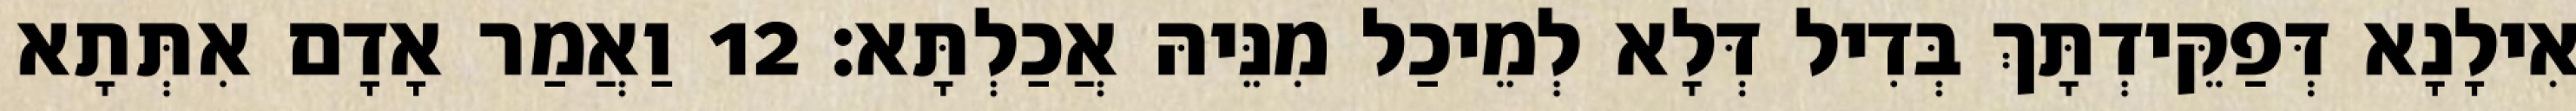
אִילָנָא דְּפַקֵּידְתָּךְ בְּדִיל דְּלָא לְמֵיכַל מִנֵּיהּ אֲכַלְתָּא׃ 12 וַאֲמַר אָדָם אִתְּתָא